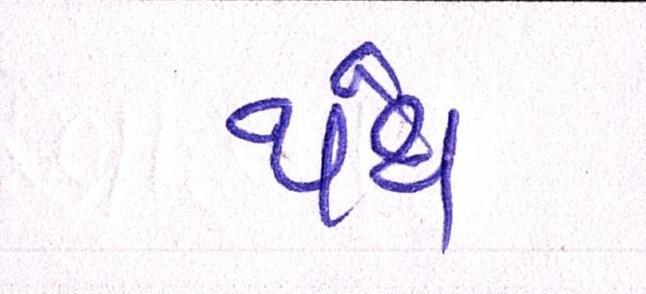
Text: પંથ